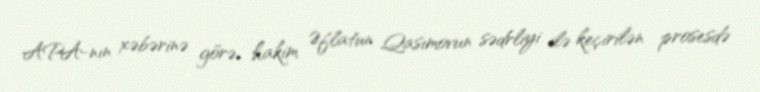
APA-nın xəbərinə görə, hakim Əflatun Qasımovun sədrliyi ilə keçirilən prosesdə